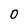
Character: 0